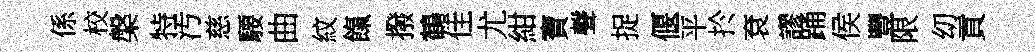
係校槃特汚慈騕曲紋餼撥鶴佳尤紺寶聲捉偃平扵袞謬踊侯豐限㓜貢